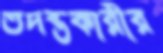
তদন্তকারীর